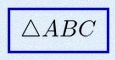
\triangle ABC